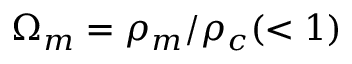
\Omega _ { m } = \rho _ { m } / \rho _ { c } ( < 1 )